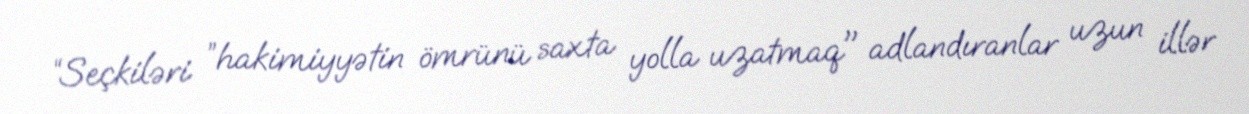
“Seçkiləri ”hakimiyyətin ömrünü saxta yolla uzatmaq" adlandıranlar uzun illər